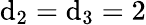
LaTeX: \mathrm{d}_{2}=\mathrm{d}_{3}=2